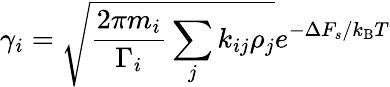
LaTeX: \gamma_{i}=\sqrt{\frac{2\pi m_{i}}{\Gamma_{i}}\sum_{j}k_{ij}\rho_{j}}e^{-\Delta F_{s}/k_{\mathrm{B}}T}